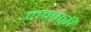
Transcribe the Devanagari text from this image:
लक्सरी